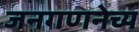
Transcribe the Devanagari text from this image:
जनगणनेच्य